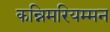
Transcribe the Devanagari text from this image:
कन्निमरियम्मन